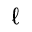
\ell